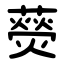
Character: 藀